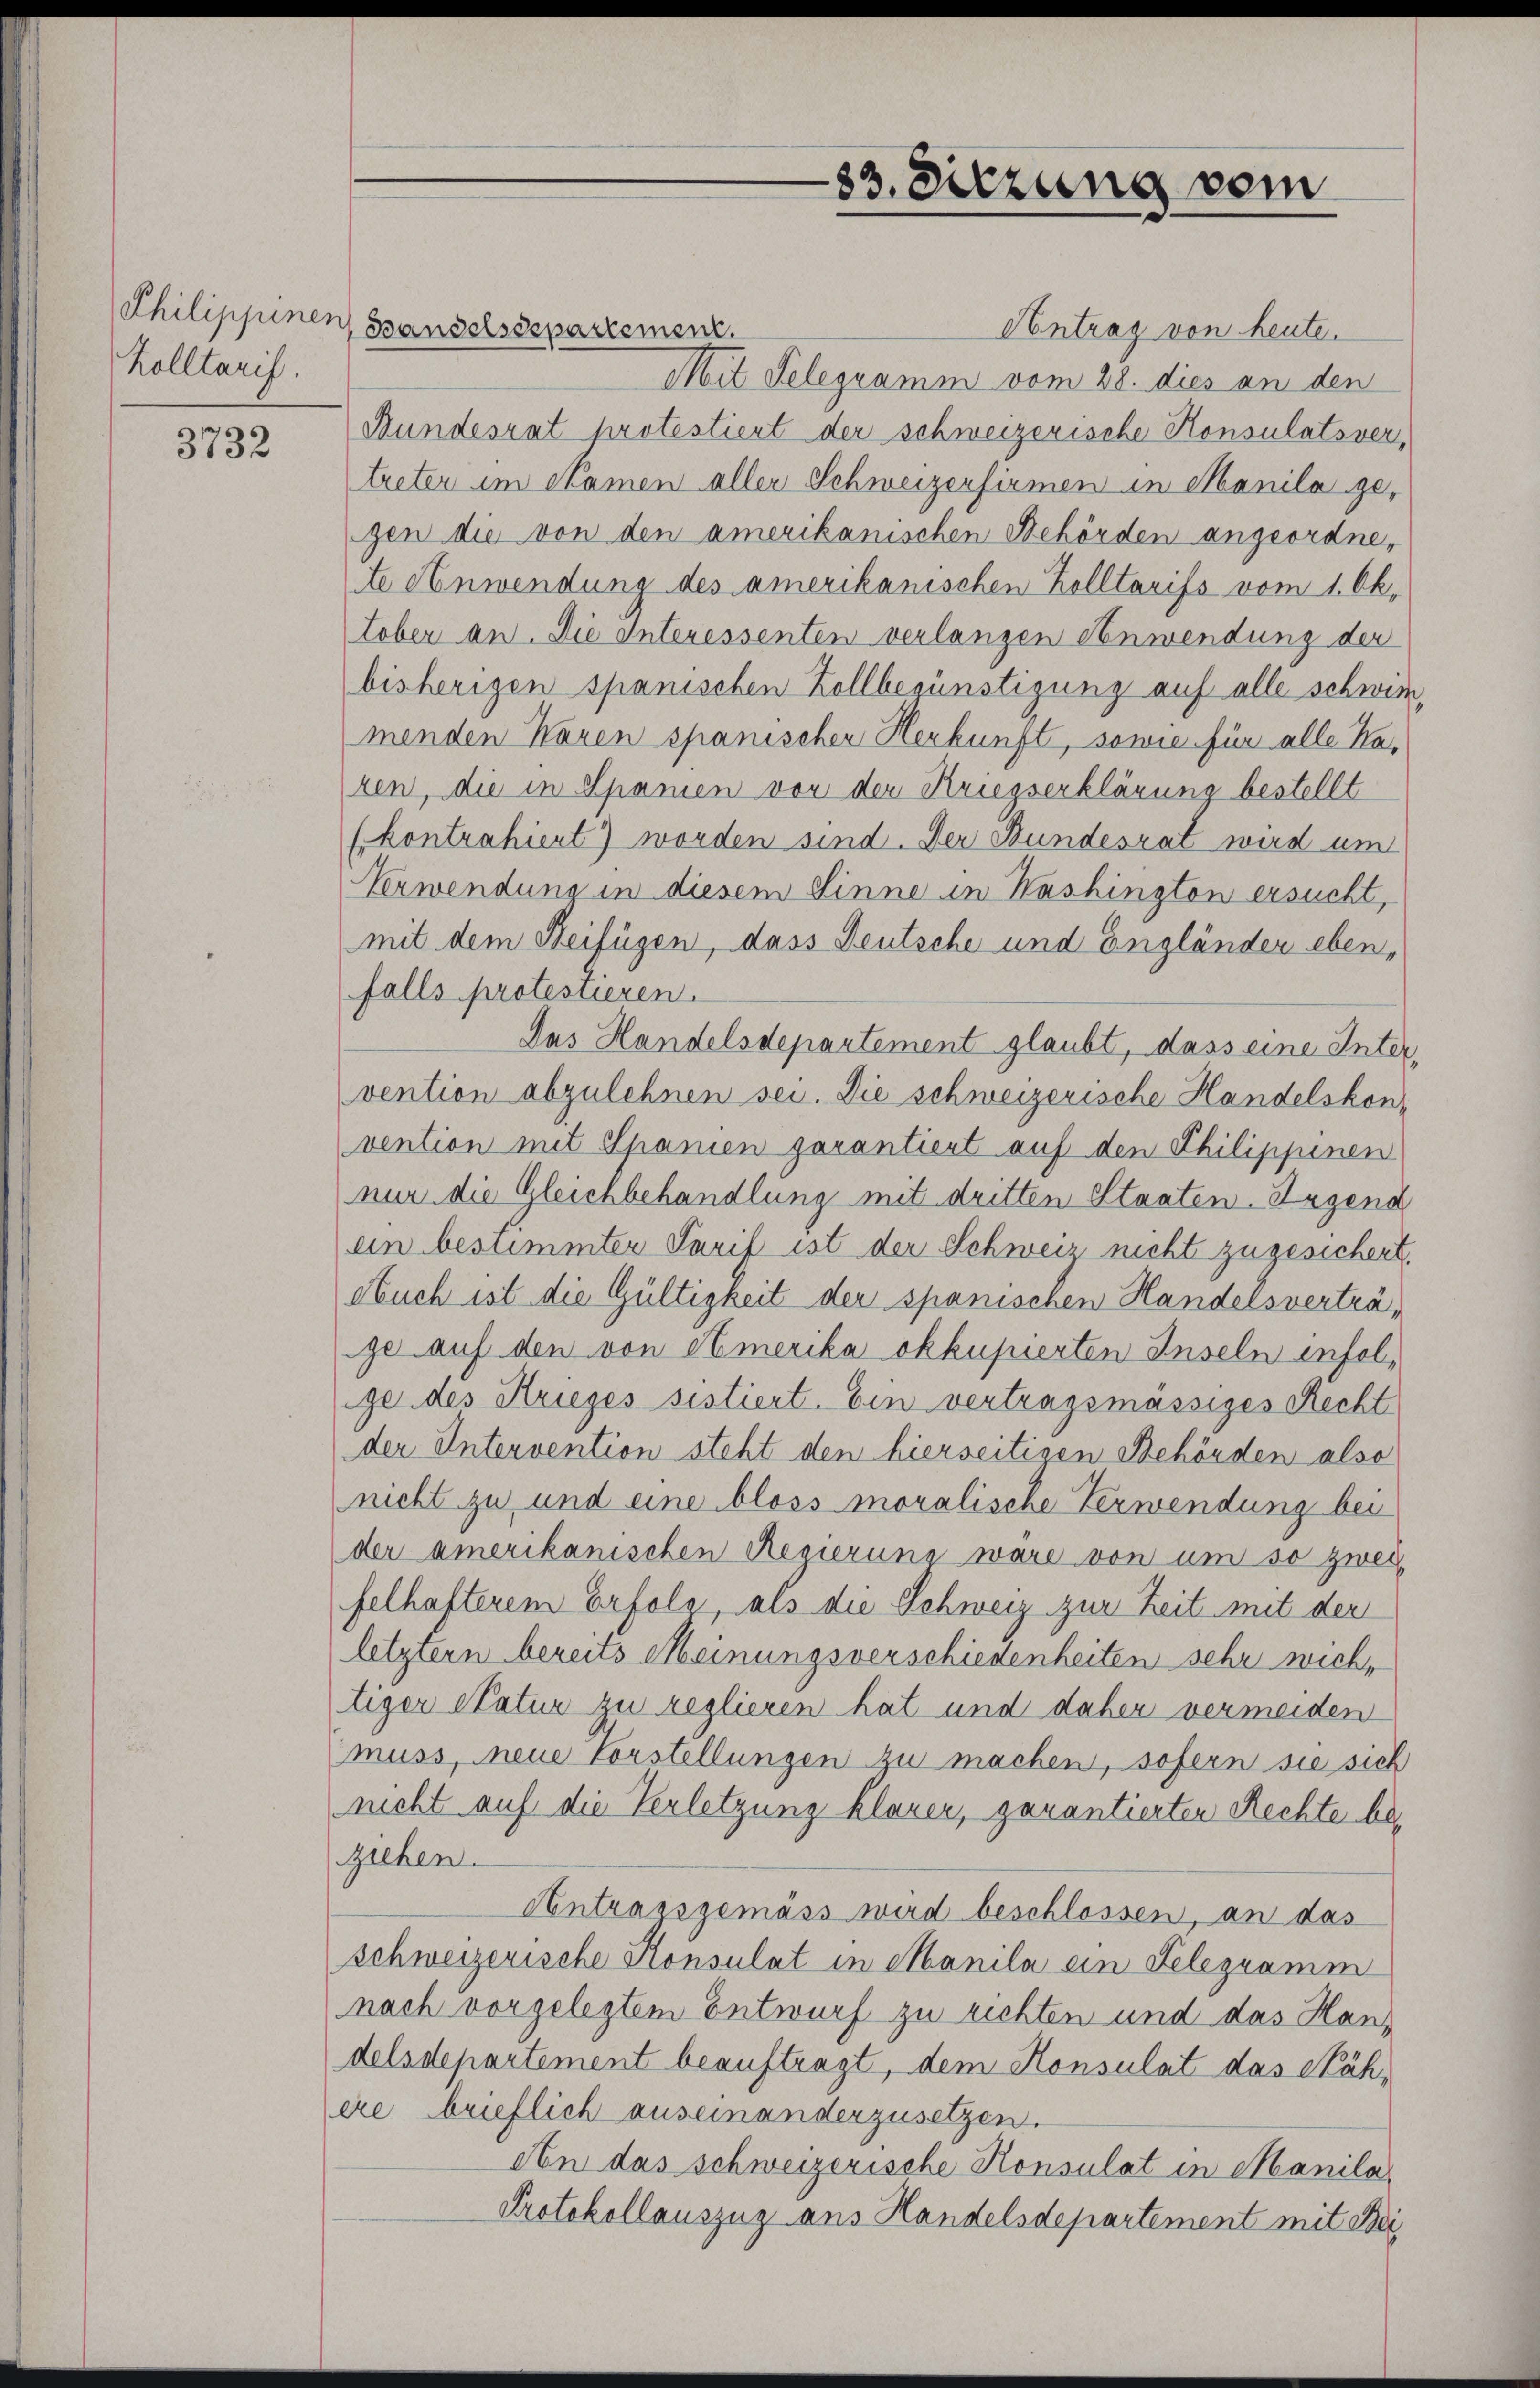
Kolltarif.

3732

Philippinen, Bandelssepartement.
Antrag von heute.
Mit Telegramm vom 28. dies an den
Bundesrat protestiert der schweizerische Konsulatsver,
treter im Namen aller Schweizerfirmen in Manila gegen die von den amerikanischen Behörden angeordne,
te Anwendung des amerikanischen Kolltarifs vom 1. Oktober an. Die Interessenten verlangen Anwendung der
bisherigen spanischen Zollbesünstigung auf alle schwie
menden Waren spanischen Herkunft, sowie für alle Ka-
ren, die in Spanien von der Kriegserklärung bestellt
(kontrahiert) worden sind. Der Bundesrat wird um
Verwendung in diesem Sinne in Washington ersucht,
mit dem Beifügen, dass Deutsche und Engländer ebenfalls protestieren.
Das Handelsdepartement glaubt, dass eine Intervention abzulehnen sei. Die schweizerische Handelskon-
vention mit Spanien garantiert auf den Philippinen
nur die Gleichbehandlung mit dritten Staaten. Irgend
ein bestimmten Tarif ist der Schweis, nicht zugesichert.
Auch ist die Gültigkeit der spanischen Handelsverträge auf den von Amerika okkupierten Inseln infolge des Krieges sistiert. Ein vertragsmässiges Recht
der Intervention steht den hierseitigen Behörden also
nicht zu und eine bloss moralische Verwendung bei
der amerikanischen Regierung wäre von um so zwei
felhafterem Erfolg, als die Schweiz zur Zeit mit der
letztern bereits Meinungsverschiedenheiten sehr wich,
tiger Natur zu reglieren hat und daher vermeiden
muss, neue Vorstellungen zu machen, sofern sie sich
nicht auf die Verletzung klarer, garantierten Rechte beziehen.
Antragsgemäss wird beschlossen, an das
Schweizerische Konsulat in Manila ein Telegramm
nach vorgelegtem Entwurf zu richten und das Hans
delsdepartement beauftragt, dem Konsulat das Nähere brieflich auseinanderzusetzen.
An das schweizerische Konsulat in Manila
Protokollauszug aus Handelsdepartement mit Bei

83. Sitzung vom